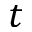
t